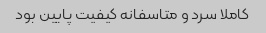
کاملا سرد و متاسفانه کیفیت پایین بود